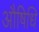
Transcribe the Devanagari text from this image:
औषिधि